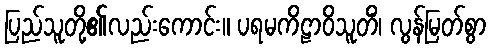
ပြည်သူတို့၏လည်းကောင်း။ ပရမကိဠာဝိသူတိံ၊ လွန်မြတ်စွာ